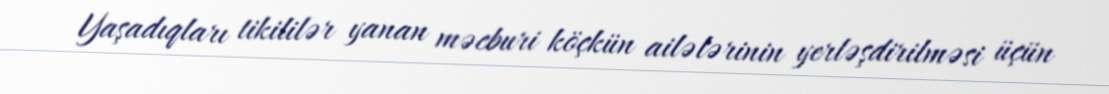
Yaşadıqları tikililər yanan məcburi köçkün ailələrinin yerləşdirilməsi üçün